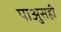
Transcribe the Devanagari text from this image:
पाअुसही